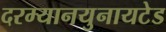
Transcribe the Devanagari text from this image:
दरम्यानयुनायटेड